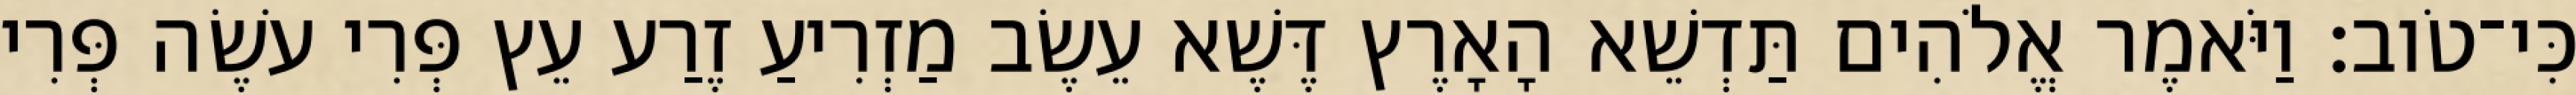
כִּי־טֹוב׃ וַיֹּאמֶר אֱלֹהִים תַּדְשֵׁא הָאָרֶץ דֶּשֶׁא עֵשֶׂב מַזְרִיעַ זֶרַע עֵץ פְּרִי עֹשֶׂה פְּרִי